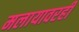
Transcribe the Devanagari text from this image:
मलायावरही